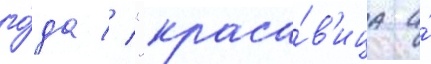
го́да // "краса́в'ица и́